Leningradi_Edasi_toimetus, lk 9
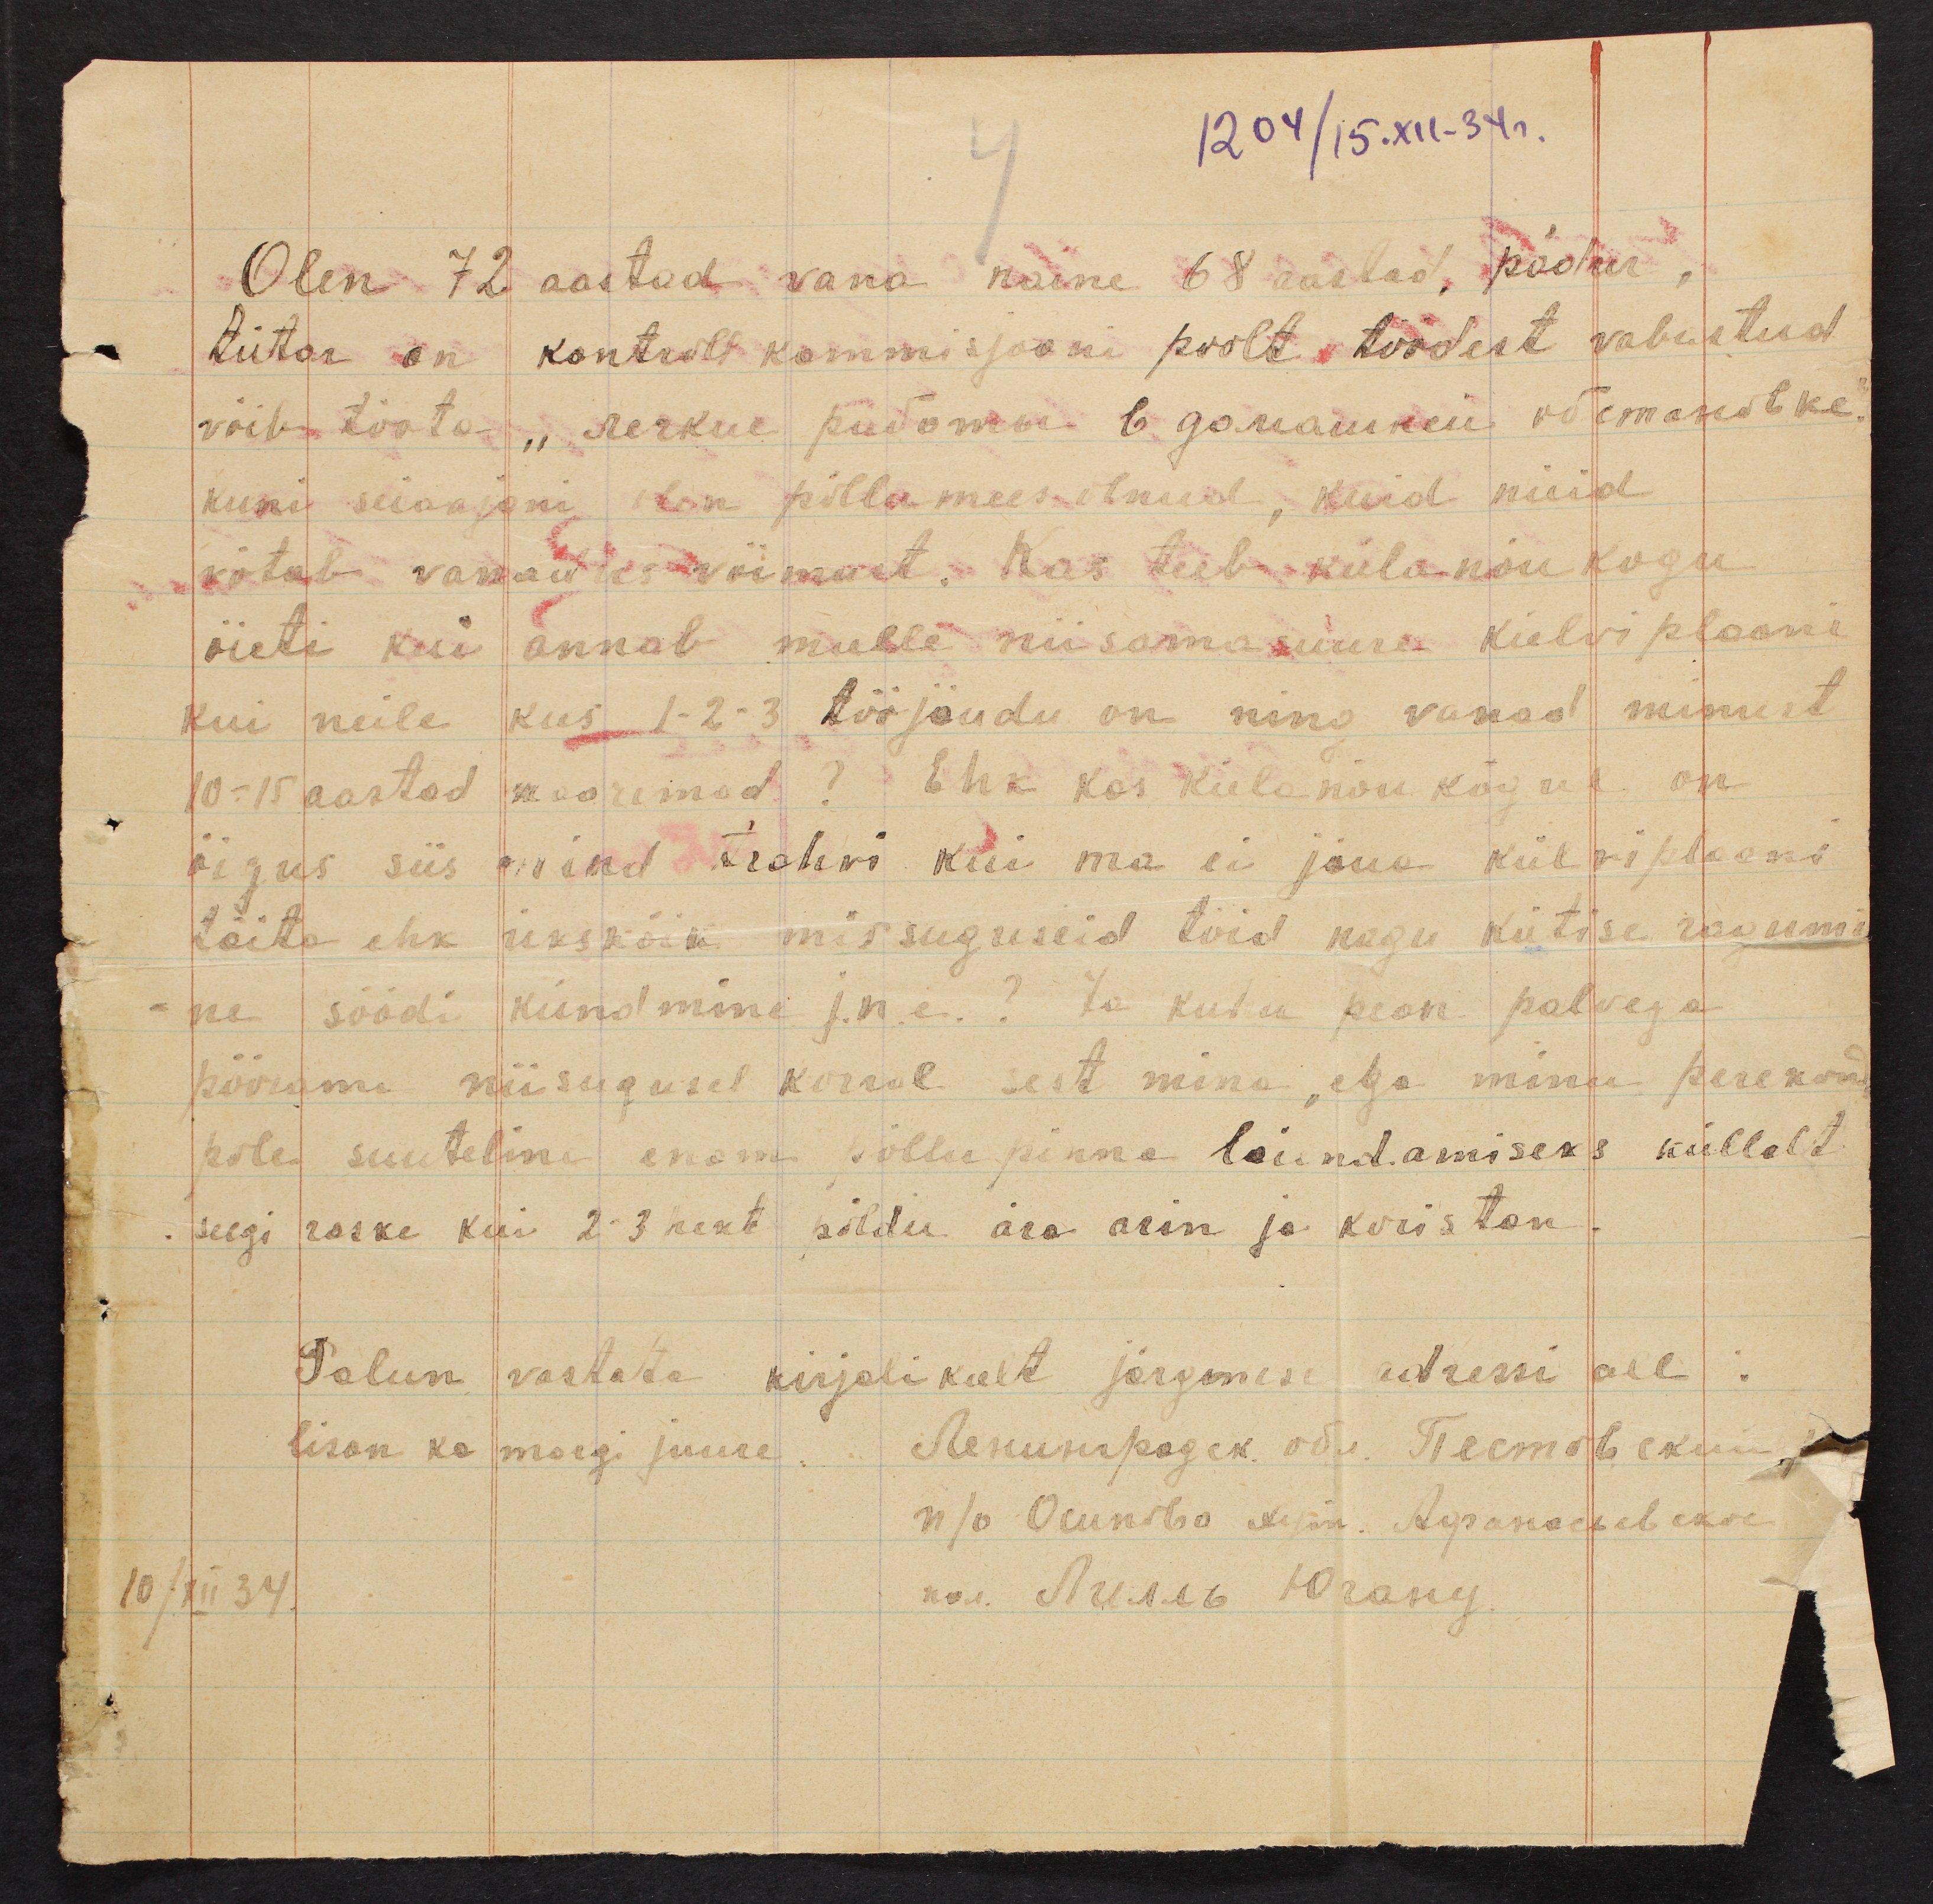
1204/15.XII-34 a.

4

Olen 72 aastad vana naine 68 aastad, põdur,
tütar on kontroll kommisjooni poolt töödest vabastud
võib tööta, "serkue püdormi 6 gomanikuu võimase".
kuni seiaajani olen pillamees olnud, kuid nüid
võtab vanadus võimust. Kas teeb külanõukogu
õieti kui annab mulle niisama suure külvi plaani
kui neile kus 1-2-3 tööjõudu on ning vanad minust
10-15 aastad nooremad? Ehk kas külanõukogul on
õigus siis mind trahvi kui ma ei jõua külviplaani
täita ehk ükskõik missuguseid töid nagu kütise ragumi
ne söödi kündmine j.n.e. ? Ja kuhu pean palvega
pöörama niisugusel korral sest mina, ega minu perekond
pole suuteline enam põllu pinna laiendamiseks küllalt
seegi raske kui 2-3 hekt põldu ära arin ja koristan.
Palun vastata kirjalikult järgmise adressi all:
lisan ka margi juure. Menumpagek odu. Teleстов скиз-
10/XII 34/